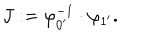
J : = \varphi _ { 0 ^ { \prime } } ^ { - 1 } \cdot \varphi _ { 1 ^ { \prime } } .